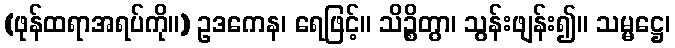
(ဖုန်ထရာအရပ်ကို။) ဥဒကေန၊ ရေဖြင့်။ သိဉ္စိတွာ၊ သွန်းဖျန်း၍။ သမ္မဋ္ဌေ၊